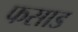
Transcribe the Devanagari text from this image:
फसाड